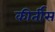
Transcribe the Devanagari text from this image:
कीर्तीस